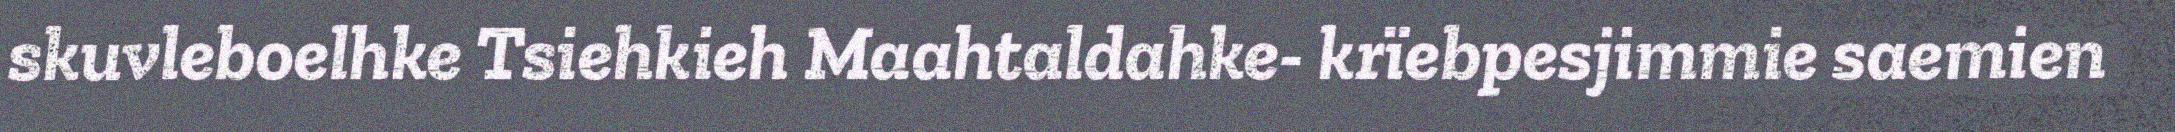
skuvleboelhke Tsiehkieh Maahtaldahke- krïebpesjimmie saemien